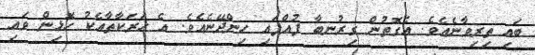
ބައި ތިރިވާނެއެވެ. އެގޮތުން ގިރުނބާ ފުއްޕައި ހިންދޭނެއެވެ. އެ ހަރަކާތާއެކު ހޮޅިން ވައި